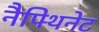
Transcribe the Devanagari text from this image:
नैफ्थिनेट